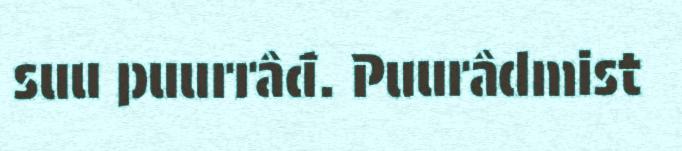
suu puurrâđ. Puurâdmist